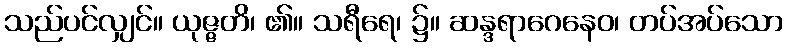
သည်ပင်လျှင်။ ယုဇ္ဇတိ၊ ၏။ သရီရေ၊ ၌။ ဆန္ဒရာဂေနေဝ၊ တပ်အပ်သော